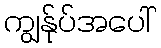
ကျွန်ုပ်အပေါ်